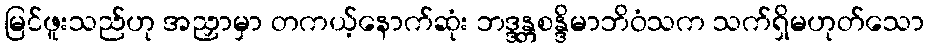
မြင်ဖူးသည်ဟု အညှာမှာ တကယ့်နောက်ဆုံး ဘဒ္ဒန္တစန္ဒိမာဘိဝံသက သက်ရှိမဟုတ်သော